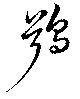
鴞